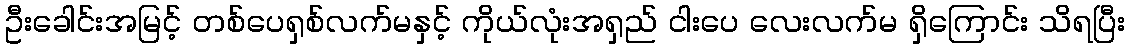
ဦးခေါင်းအမြင့် တစ်ပေရှစ်လက်မနှင့် ကိုယ်လုံးအရှည် ငါးပေ လေးလက်မ ရှိကြောင်း သိရပြီး